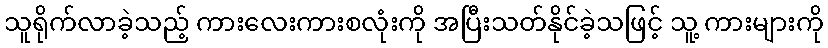
သူရိုက်လာခဲ့သည့် ကားလေးကားစလုံးကို အပြီးသတ်နိုင်ခဲ့သဖြင့် သူ့ ကားများကို